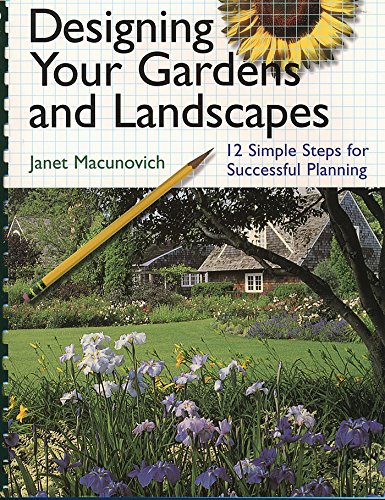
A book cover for Designing Your Gardens and Landscapes: 12 Simple Steps for Successful Planning; Janet Macunovich; Crafts, Hobbies & Home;